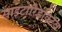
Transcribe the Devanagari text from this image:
साइटोरिडक्टिव